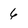
Character: 6